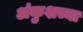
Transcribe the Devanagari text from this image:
अंकुशच्या